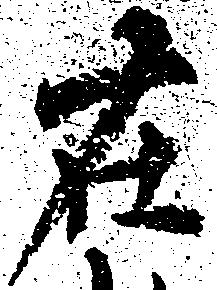
在